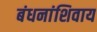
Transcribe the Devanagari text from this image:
बंधनांशिवाय